Report on malaria in the Punjab during the year ...  together with an account of the work of the Punjab Malaria Bureau - Volume 2
Disease focus: Malaria
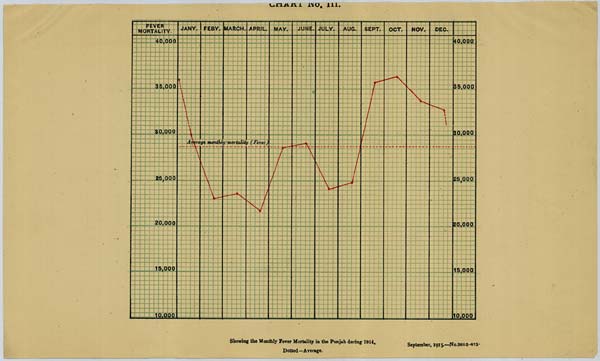
CHART NO. III.
Showing the Monthly Fever Mortality in the Punjab during 1914.
September, 1915.-No.3611-2-475
Dotted—Average.